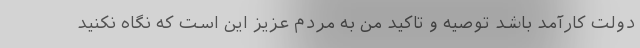
دولت کارآمد باشد توصیه و تاکید من به مردم عزیز این است که نگاه نکنید